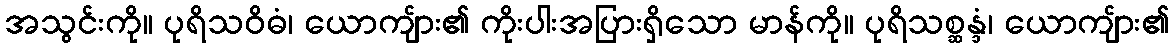
အသွင်းကို။ ပုရိသဝိဓံ၊ ယောကျ်ား၏ ကိုးပါးအပြားရှိသော မာန်ကို။ ပုရိသစ္ဆန္ဒံ၊ ယောကျ်ား၏